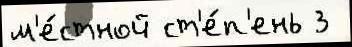
м'е́стной ст'е́п'ень 3